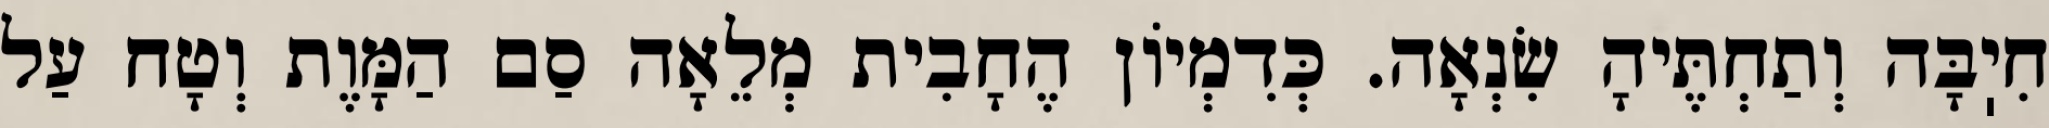
חִיֽבָּה וְתַחְתֶּיהָ שִׂנְאָה. כְּדִמְיוֹן הֶחָבִית מְלֵאָה סַם הַמָּוֶת וְטָח עַל